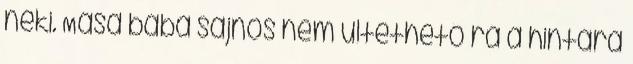
neki. Mása baba sajnos nem ültethető rá a hintára